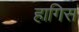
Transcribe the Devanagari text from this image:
हागिस